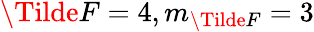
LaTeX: \Tilde{F}=4,m_{\Tilde{F}}=3